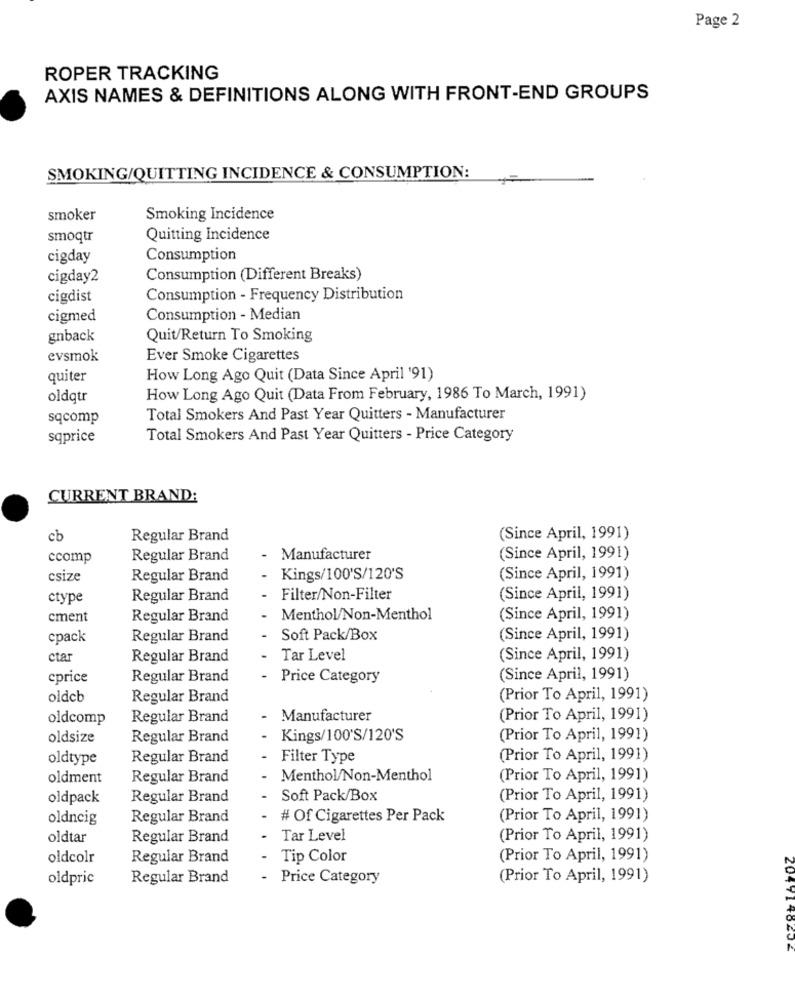
Page 2
ROPER TRACKING
AXIS NAMES & DEFINITIONS ALONG WITH FRONT-END GROUPS
SMOKING/QUITTING INCIDENCE & CONSUMPTION:
smoker
Smoking Incidence
smoqtr
Quitting Incidence
cigday
Consumption
cigday2
Consumption (Different Breaks)
cigdist
Consumption - Frequency Distribution
cigmed
Consumption - Median
gnback
Quit/Return To Smoking
evsmok
Ever Smoke Cigarettes
quiter
How Long Ago Quit (Data Since April '91)
oldqtr
How Long Ago Quit (Data From February, 1986 To March, 1991)
sqcomp
Total Smokers And Past Year Quitters - Manufacturer
sqprice
Total Smokers And Past Year Quitters - Price Category
CURRENT BRAND:
cb
Regular Brand
(Since April, 1991)
ccomp
Regular Brand
- Manufacturer
(Since April, 1991)
csize
Regular Brand
Kings/100'S/120'S
(Since April, 1991)
ctype
Regular Brand
-
Filter/Non-Filter
(Since April, 1991)
cment
Regular Brand
Menthol/Non-Menthol
(Since April, 1991)
cpack
Regular Brand
Soft Pack/Box
(Since April, 1991)
ctar
Regular Brand
Tar Level
(Since April, 1991)
eprice
Regular Brand
-
Price Category
(Since April, 1991)
oldcb
Regular Brand
(Prior To April, 1991)
oldcomp
Regular Brand
-
Manufacturer
(Prior To April, 1991)
oldsize
Regular Brand
Kings/100'S/120'S
(Prior To April, 1991)
oldtype
Regular Brand
-
Filter Type
(Prior To April, 1991)
oldment
Regular Brand
Menthol/Non-Menthol
(Prior To April, 1991)
oldpack
Regular Brand
-
Soft Pack/Box
(Prior To April, 1991)
oldncig
Regular Brand
# Of Cigarettes Per Pack
(Prior To April, 1991)
oldtar
Regular Brand
-
Tar Level
(Prior To April, 1991)
oldcolr
Regular Brand
-
Tip Color
(Prior To April, 1991)
oldpric
Regular Brand
-Price Category
(Prior To April, 1991)
CUR71 40202